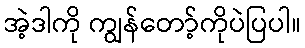
အဲ့ဒါကို ကျွန်တော့်ကိုပဲပြပါ။